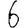
Digit: 6